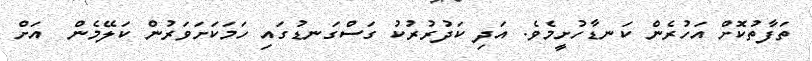
ތަފާތުކޮށް އަހުރެން ކަނޑާހުށީމެވެ. އަދި ކަދުރުރުކު ގަސްގަނޑުގައި ހަމަކަށަވަރުން ކަލޭމެން  އަށް